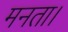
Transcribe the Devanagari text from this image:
मनता।